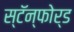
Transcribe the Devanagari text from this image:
स्टॅन्फोर्ड